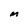
Character: m